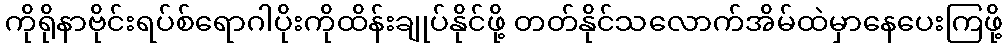
ကိုရိုနာဗိုင်းရပ်စ်ရောဂါပိုးကိုထိန်းချုပ်နိုင်ဖို့ တတ်နိုင်သလောက်အိမ်ထဲမှာနေပေးကြဖို့